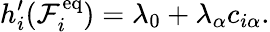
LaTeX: h_{i}^{\prime}(\mathcal{F}_{i}^{\mathrm{{eq}}})=\lambda_{0}+\lambda_{\alpha}c_{i\alpha}.